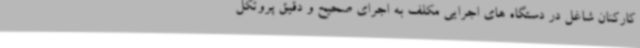
کارکنان شاغل در دستگاه های اجرایی مکلف به اجرای صحیح و دقیق پروتکل